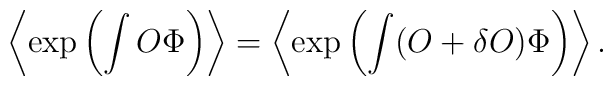
\left\langle\exp\left(\int O\Phi\right)\right\rangle=\left\langle\exp\left(\int(O+\delta O) \Phi\right)\right\rangle.